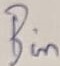
Text: Bin